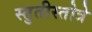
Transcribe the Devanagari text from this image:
स्तुतीस्तोत्रे